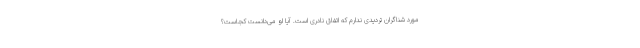
مورد شناگران تردیدی ندارم که اتفاق نادری است. آیا او می‌دانست کجاست؟